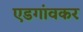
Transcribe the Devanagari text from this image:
एडगांवकर